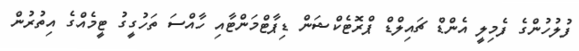
ފުލުހުންގެ ފެމިލީ އެންޑް ޗައިލްޑް ޕްރޮޓެކްޝަން ޑިޕާޓްމަންޓާއި ހާއްސަ ތަހުގީގު ޓީމެއްގެ އިތުރުން